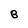
Character: B